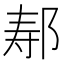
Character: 𫜷